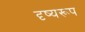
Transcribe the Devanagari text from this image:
दृष्यरूप